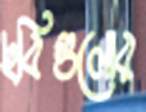
ছবিগুলোর